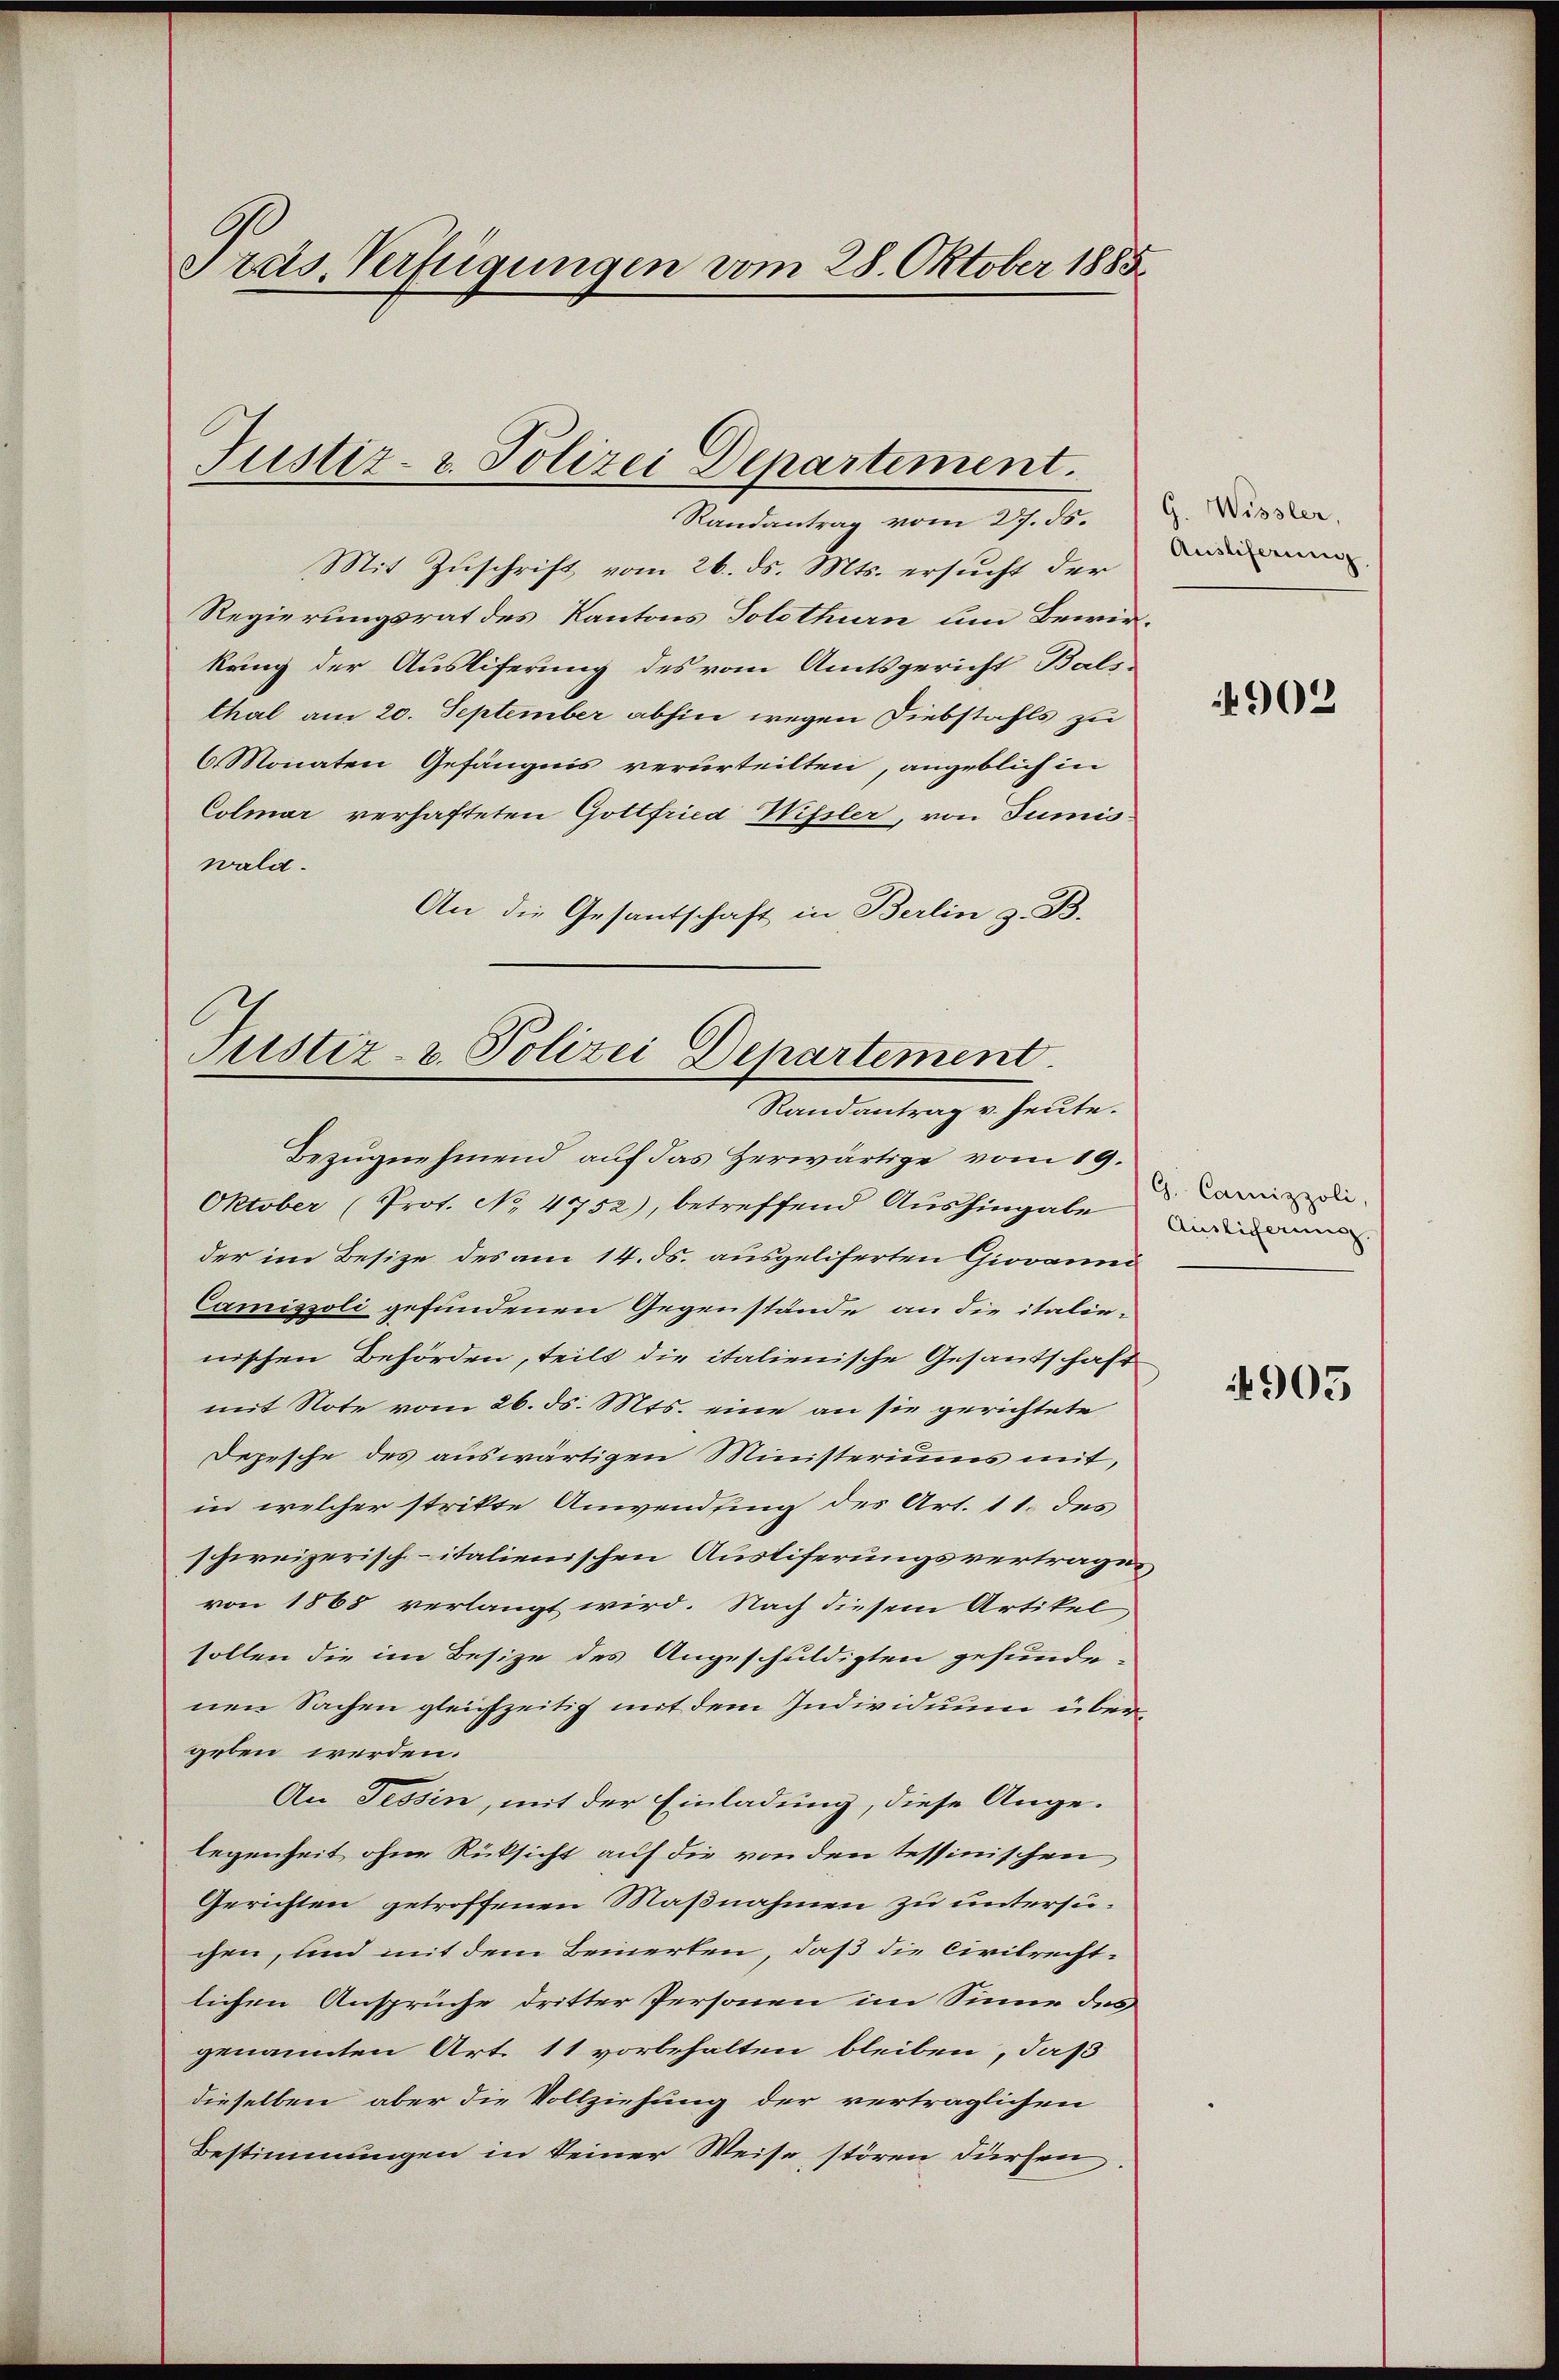
Pras Verfügungen vom 28. Oktober 1885

Justiz- & Polizei Departement.

Randantrag vom 27. ds.
Mit Zuschrift vom 26. ds. Mts. ersucht der
Regierungsrat des Kantons Solothurn um Bewirkung der Auslieferung des vom Amtsgericht Bals-
thal am 20. September abhin wegen Diebstahls zu
6 Monaten Gefängnis verurteilten, angeblich in
Colmar verhafteten Gottfried Wissler, von Summis
wald.
An die Gesantschaft in Berlin z. B.

Justiz- u. Polizei Departement.
Randantrag v. heute.

Bezugnehmend auf das Zerwärtige vom 19.
Oktober (Prot. No 4752), betreffend Aushingabe
der im Besitze des am 14. ds. ausgeliferten Giovaned
Camissoli gefundenen Gegenstände an die italienischen Behörden, teilt die italienische Gesantschaft
mit Note vom 26. ds. Mts. eine an sie gerichtete
Depesche des auswärtigen Ministeriums mit,
in welcher strikte Anwendung des Art. 11. des
schweizerisch-italienischen Austiferungsvertrage,
von 1863 verlangt wird. Nach diesem Artikel
sollen die im Besize des Angeschuldigten gefundenen Sachen gleichzeitig mit dem Individuum übergeben werden.
An Tessin, mit der Einladung, diese Ange-
legenheit ohne Rüksicht auf die von den tessinischen
Gerichten getroffenen Maßnahmen zu untersuchen, und mit dem Beinerten, daß die Civilrecht-
lichen Ansprüche dritter Personen im Sinne des
genannten Art. 11 vorbehalten bleiben, daß
dieselben aber die Vollziehung der verträglichen
Bestimmungen in Seiner Weise stören dürfen

G. Wissler,
Auslieferung.

902

G. Camizzoli,
Auslicherung.

4905